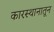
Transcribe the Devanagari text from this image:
कारस्थानातून